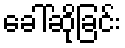
ခေါ်ဆိုခြင်း